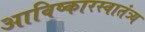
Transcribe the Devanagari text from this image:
आविष्कारस्वातंत्र्य